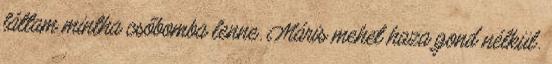
láttam mintha csőbomba lenne. Máris mehet haza gond nélkül.